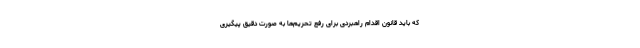
که باید قانون اقدام راهبردی برای رفع تحریم‌ها به صورت دقیق پیگیری